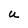
Character: U